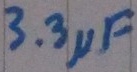
Text: 3.3µF